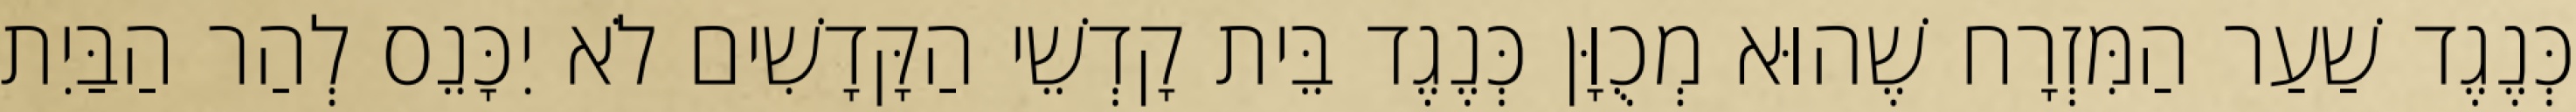
כְּנֶגֶד שַׁעַר הַמִּזְרָח שֶׁהוּא מְכֻוָּן כְּנֶגֶד בֵּית קָדְשֵׁי הַקָּדָשִׁים לֹא יִכָּנֵס לְהַר הַבַּיִת